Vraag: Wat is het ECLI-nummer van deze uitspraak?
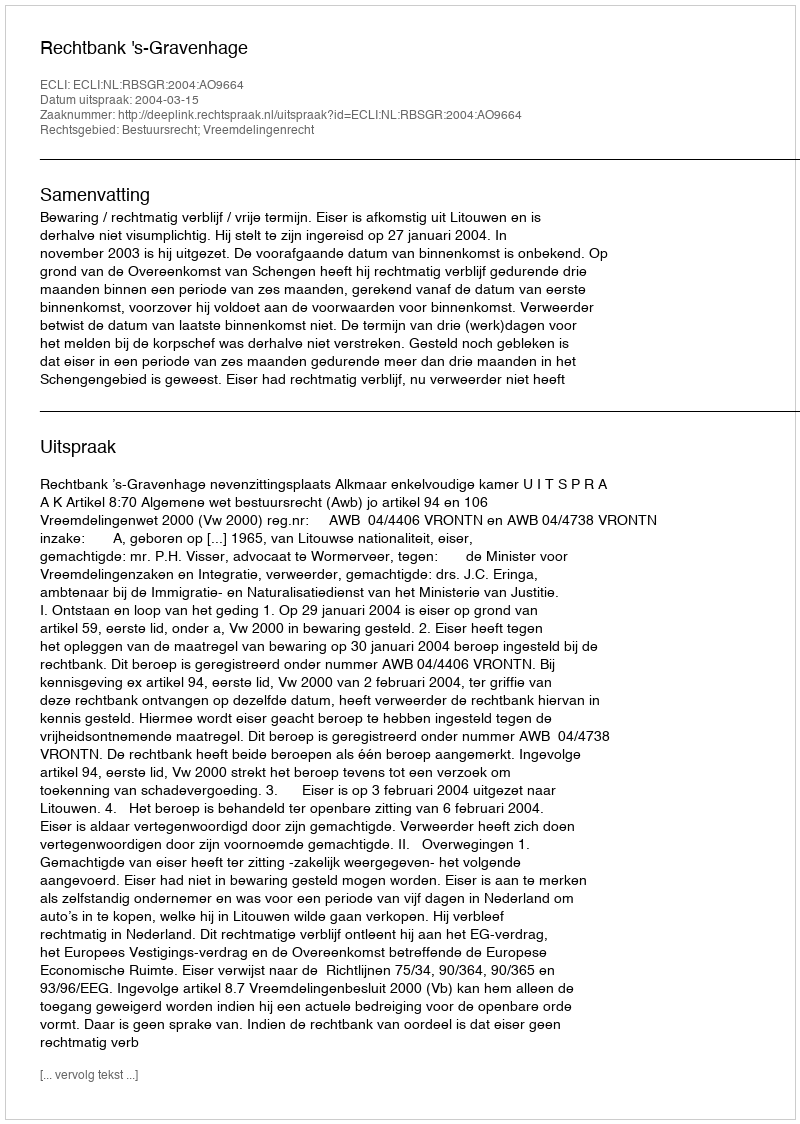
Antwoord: ECLI:NL:RBSGR:2004:AO9664